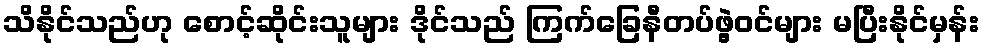
သိနိုင်သည်ဟု စောင့်ဆိုင်းသူများ ဒိုင်သည် ကြက်ခြေနီတပ်ဖွဲ့ဝင်များ မပြီးနိုင်မှန်း